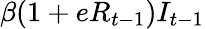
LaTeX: \beta(1+eR_{t-1})I_{t-1}